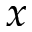
x